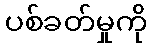
ပစ်ခတ်မှုကို